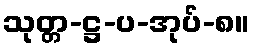
သုတ္တ-ဋ္ဌ-ပ-အုပ်-၈။